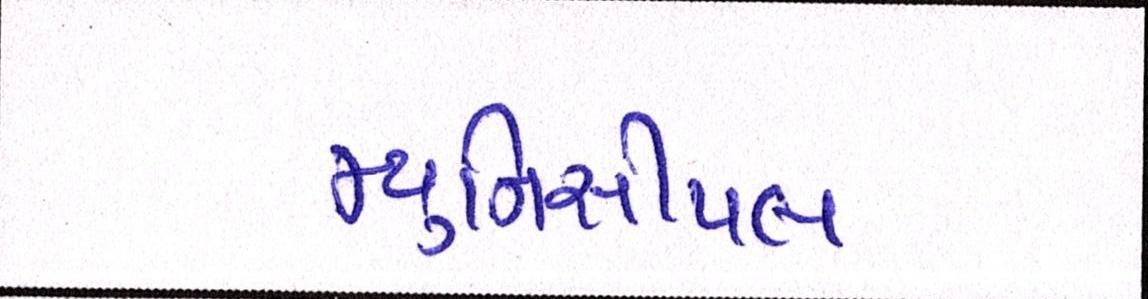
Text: મ્યુનિસીપલ